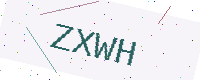
Text: ZXWH